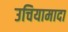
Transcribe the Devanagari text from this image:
उचियामादा